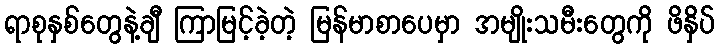
ရာစုနှစ်တွေနဲ့ချီ ကြာမြင့်ခဲ့တဲ့ မြန်မာစာပေမှာ အမျိုးသမီးတွေကို ဖိနှိပ်